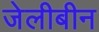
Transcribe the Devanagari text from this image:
जेलीबीन